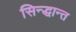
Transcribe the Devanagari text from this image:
सिन्द्धान्त